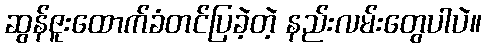
ဆွန်ဇူးထောက်ခံတင်ပြခဲ့တဲ့ နည်းလမ်းတွေပါပဲ။